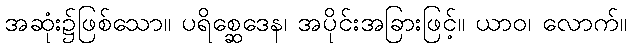
အဆုံး၌ဖြစ်သော။ ပရိစ္ဆေဒေန၊ အပိုင်းအခြားဖြင့်။ ယာဝ၊ လောက်။